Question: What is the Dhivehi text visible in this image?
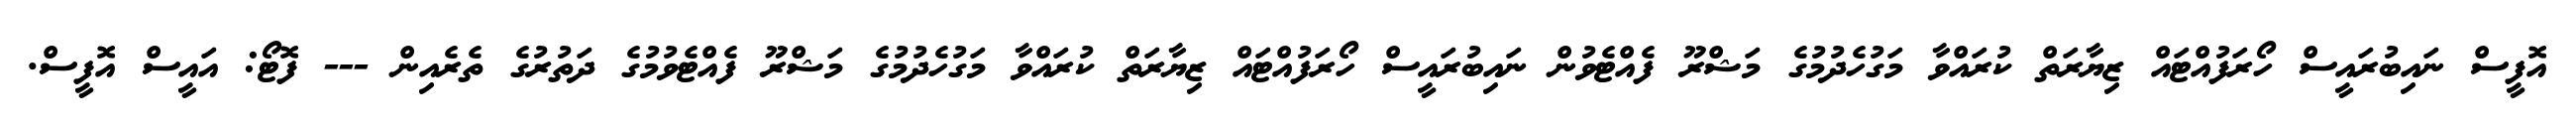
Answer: އޮފީސް ނައިބުރައީސް ހޯރަފުއްޓައް ޒިޔާރަތް ކުރައްވާ މަގުހެދުމުގެ މަޝްރޫ ފެއްޓެވުން ނައިބުރައީސް ހޯރަފުއްޓައް ޒިޔާރަތް ކުރައްވާ މަގުހެދުމުގެ މަޝްރޫ ފެއްޓެވުމުގެ ދަތުރުގެ ތެރެއިން --- ފޮޓޯ: އައީސް އޮފީސް.